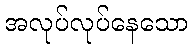
အလုပ်လုပ်နေသော